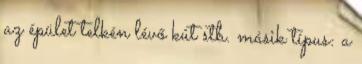
az épület telkén lévő kút stb. másik típus: a